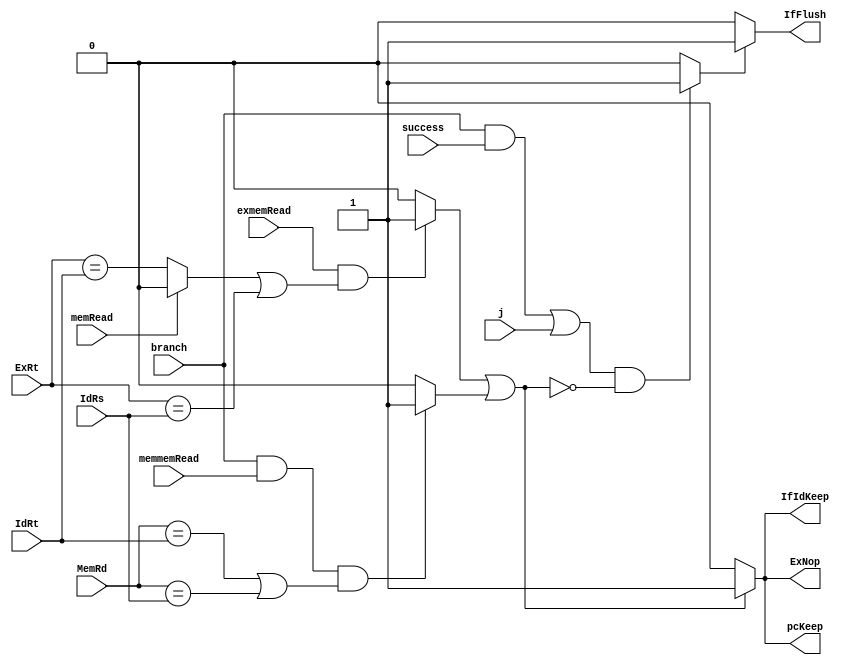
`timescale 1ns / 1ps
//////////////////////////////////////////////////////////////////////////////////
// Company: 
// Engineer: 
// 
// Design Name: 
// Module Name: hazardDetect
// Project Name: 
// Target Devices: 
// Tool Versions: 
// Description: 
// 
// Dependencies: 
// 
// Revision:
// Revision 0.01 - File Created
// Additional Comments:
// 
//////////////////////////////////////////////////////////////////////////////////


module hazardDetect(
    input memRead,exmemRead,memmemRead,branch,j,success,
    input [4:0] IdRs, IdRt, ExRt,MemRd,
    output pcKeep,IfIdKeep,ExNop,IfFlush
    );
    wire flag1,flag2,flag3;
    assign flag1=(exmemRead&((memRead?0:(ExRt==IdRt))|(ExRt==IdRs)))?1:0;          //lwidex
    assign flag2=(branch&memmemRead&((MemRd==IdRt)|(MemRd==IdRs)))?1:0;
    assign flag3=(((branch&success)|j)&~(flag1|flag2))?1:0;
    assign pcKeep=(flag1|flag2)?1:0;
    assign IfIdKeep=(flag1|flag2)?1:0;
    assign ExNop=(flag1|flag2)?1:0;
    assign IfFlush=flag3?1:0;
endmodule